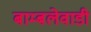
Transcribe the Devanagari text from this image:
बाम्बलेवाडी